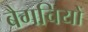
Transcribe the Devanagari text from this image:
बैगचियों